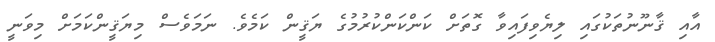
އާއި ޤާނޫނުތަކުގައި ލިޔެވިފައިވާ ގޮތަށް ކަންކަންކުރުމުގެ ޔަޤީން ކަމެވެ. ނަމަވެސް މިޔަޤީންކަމަށް މިވަނީ